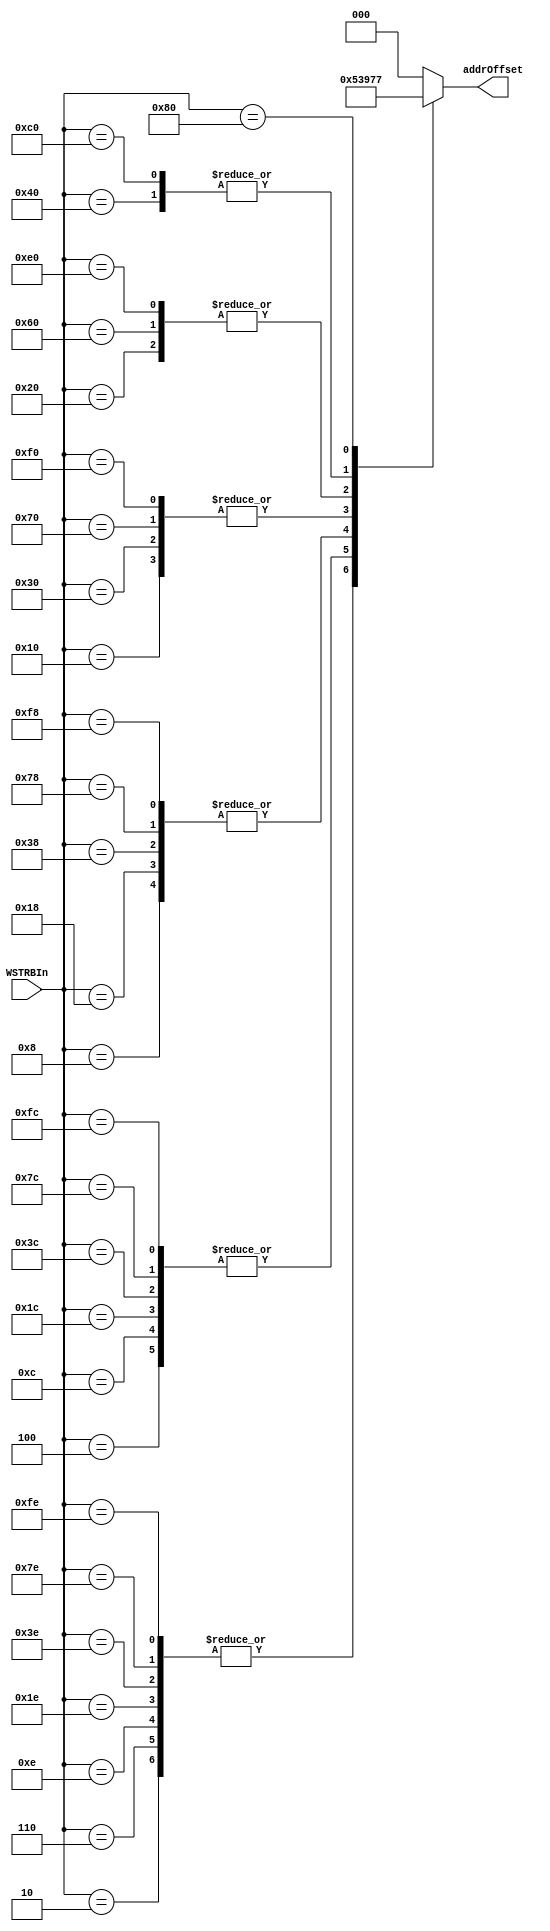
// ****************************************************************************/
// Microsemi Corporation Proprietary and Confidential
// Copyright 2015 Microsemi Corporation.  All rights reserved.
//
// ANY USE OR REDISTRIBUTION IN PART OR IN WHOLE MUST BE HANDLED IN
// ACCORDANCE WITH THE MICROSEMI LICENSE AGREEMENT AND MUST BE APPROVED
// IN ADVANCE IN WRITING.
//
// Description: 
//
// SVN Revision Information:
// SVN $Revision: 25747 $
// SVN $Date: 2015-12-14 03:02:25 +0000 (Mon, 14 Dec 2015) $
//
// Resolved SARs
// SAR      Date     Who   Description
//
// Notes:
//
// ****************************************************************************/
module COREAXITOAHBL_WSRTBAddrOffset (
    WSTRBIn,
    addrOffset
);

input   [7:0]           WSTRBIn;
output  [2:0]           addrOffset;

reg     [2:0]           addrOffset;

////////////////////////////////////////////////////////////////////////////////
// ROM Table - Returns the address offset based on WSTRB
////////////////////////////////////////////////////////////////////////////////
always @ (*)
begin
    case (WSTRBIn) // 256*3 ROM table
        8'b11111110,8'b01111110,8'b00111110,8'b00011110,8'b00001110,8'b00000110,8'b00000010 : addrOffset <= 3'd1;
        8'b11111100,8'b01111100,8'b00111100,8'b00011100,8'b00001100,8'b00000100 : addrOffset <= 3'd2;
        8'b11111000,8'b01111000,8'b00111000,8'b00011000,8'b00001000 : addrOffset <= 3'd3;
        8'b11110000,8'b01110000,8'b00110000,8'b00010000 : addrOffset <= 3'd4;
        8'b11100000,8'b01100000,8'b00100000 : addrOffset <= 3'd5;
        8'b11000000,8'b01000000 : addrOffset <= 3'd6;
        8'b10000000 : addrOffset <= 3'd7;
        default: addrOffset <= 3'd0;
    endcase
end

endmodule // COREAXITOAHBL_WSRTBAddrOffset